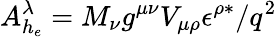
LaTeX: A_{h_{e}}^{\lambda}=M_{\nu}g^{\mu\nu}V_{\mu\rho}\epsilon^{\rho\ast}/q^{2}